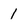
Character: 1